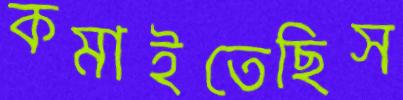
কমাইতেছিস